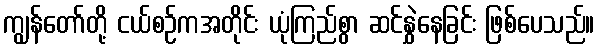
ကျွန်တော်တို့ ငယ်စဉ်ကအတိုင်း ယုံကြည်စွာ ဆင်နွှဲနေခြင်း ဖြစ်ပေသည်။